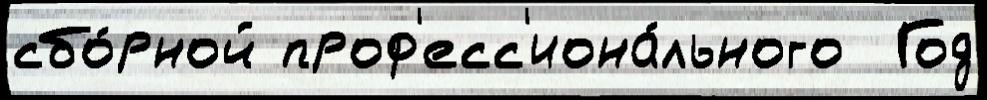
сбо́рной проф'есс'иона́льного  Год